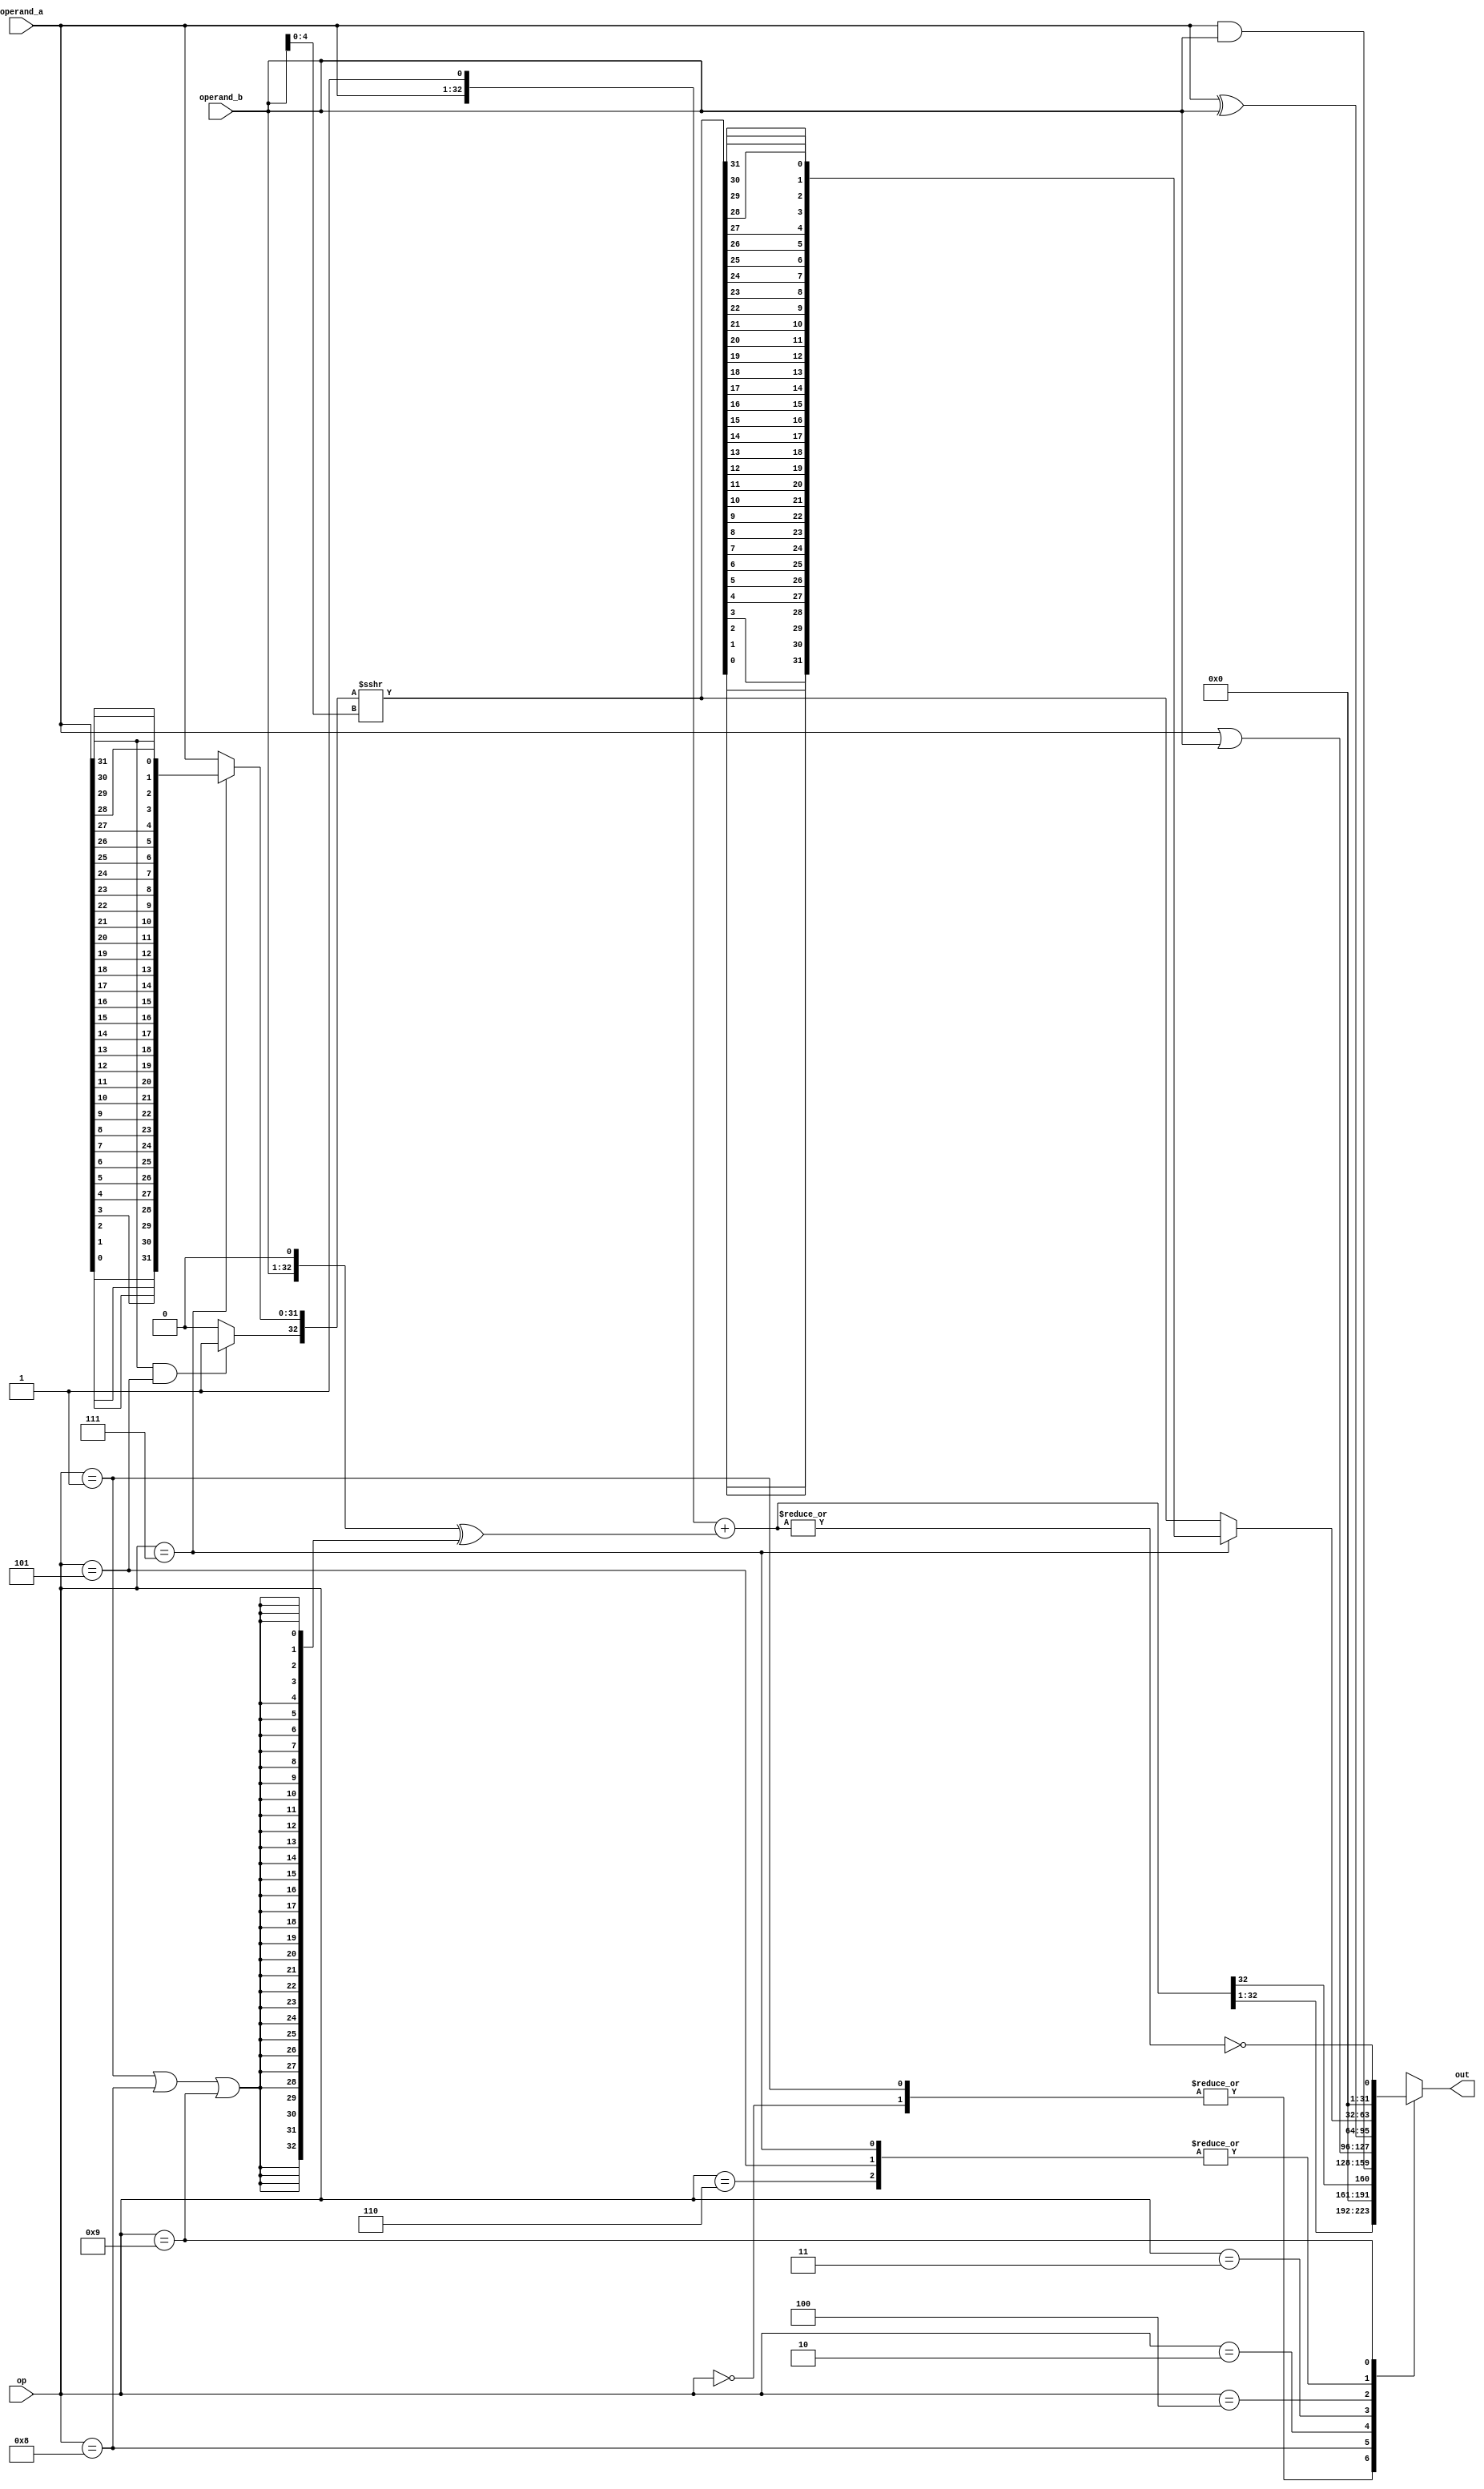
module alu (
    input  [ 3:0] op,
    input  [31:0] operand_a,
    input  [31:0] operand_b,
    output [31:0] out
);

    // operations definition
    localparam ADD = 0;
    localparam SUB = 1;
    localparam AND = 2;
    localparam OR = 3;
    localparam XOR = 4;
    localparam SRA = 5;
    localparam SRL = 6;
    localparam SLL = 7;
    localparam SLT = 8;
    localparam EQ = 9;


    genvar gen_i;

    // wire declaration
    reg  [31:0] alu_out;
    wire [31:0] adder_result;
    wire [32:0] adder_in_a, adder_in_b;
    wire        adder_b_neg;
    wire [33:0] adder_result_tmp;

    wire [31:0] operand_a_rev;
    wire [31:0] shift_op_a;
    wire [32:0] shift_in;
    wire        shift_left;
    wire [ 4:0] shift_amt;
    wire [32:0] shift_right_result;
    wire [31:0] shift_left_result;
    wire [31:0] shift_result;
    wire        padding;

    generate
        for (gen_i = 0; gen_i < 32; gen_i = gen_i + 1) begin : gen_blk0
            assign operand_a_rev[gen_i] = operand_a[31-gen_i];
            assign shift_left_result[gen_i] = shift_right_result[31-gen_i];
        end
    endgenerate

    // adder
    assign adder_b_neg = (op == SUB || op == SLT || op == EQ);
    assign adder_in_a = {operand_a, 1'b1};
    assign adder_in_b = {operand_b, 1'b0} ^ {33{adder_b_neg}};
    assign adder_result_tmp = $signed(adder_in_a) + $signed(adder_in_b);
    assign adder_result = adder_result_tmp[32:1];

    // shifter
    assign padding = (operand_a[31] && (op == SRA)) ? 1 : 0;
    assign shift_left = (op == SLL);
    assign shift_amt = operand_b[4:0];

    assign shift_op_a = shift_left ? operand_a_rev : operand_a;
    assign shift_in = {padding, shift_op_a};
    assign shift_right_result = $unsigned(($signed(shift_in) >>> shift_amt));
    assign shift_result = shift_left ? shift_left_result : shift_right_result[31:0];

    // output assignment
    assign out = alu_out;

    always @(*) begin
        //default 
        alu_out = adder_result;
        case (op) // synopsys full_case parallel_case
            ADD, SUB: begin
                alu_out = adder_result;
            end
            SLT: begin
                //FIXME: if SLT doesn't need to care about overflow, we can use 
                //       adder_result[31], it will shorten the critical path
                alu_out = {31'b0, adder_result[31]};
            end
            AND: begin
                alu_out = operand_a & operand_b;
            end
            OR: begin
                alu_out = operand_a | operand_b;
            end
            XOR: begin
                alu_out = operand_a ^ operand_b;
            end
            SRA, SRL, SLL: begin
                alu_out = shift_result;
            end
            EQ: begin
                alu_out = {31'b0, !(|adder_result_tmp)};  //if subtraction result = 0 --> equal
            end
        endcase
    end

endmodule